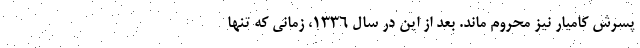
پسرش کامیار نیز محروم ماند. بعد از این در سال 1336، زمانی که تنها